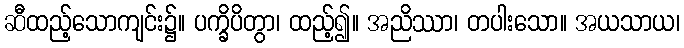
ဆီထည့်သောကျင်း၌။ ပက္ခိပိတွာ၊ ထည့်၍။ အညိဿာ၊ တပါးသော။ အယသာယ၊